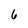
Character: 6